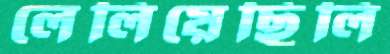
লেলিয়েছিলি